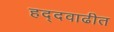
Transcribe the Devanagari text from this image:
हद्दवाढीत